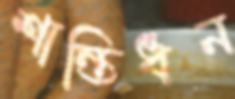
শান্তিধন